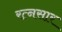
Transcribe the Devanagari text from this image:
रत्नसार